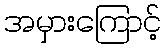
အမှားကြောင့်